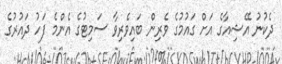
ދެކުނު އޭޝިއާގެ އަށް ގައުމުގެ ވެރިން ބައިވެރިވާ ސަމިޓުގެ އެންމެ ފަހު ދައުރުގެ